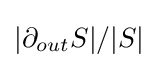
|\partial _{out}S|/|S|